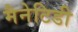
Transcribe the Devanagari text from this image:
मैनेटिडी